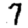
Digit: 7